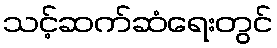
သင့်ဆက်ဆံရေးတွင်